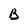
Character: B